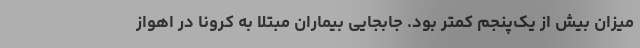
میزان بیش از یک‌پنجم کمتر بود. جابجایی بیماران مبتلا به کرونا در اهواز